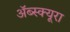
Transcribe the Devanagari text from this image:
ॲब्स्क्यूरा